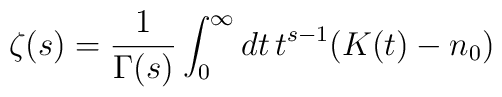
\zeta(s)={1\over \Gamma(s)}\int_0^\infty dt\, t^{s-1}(K(t)-n_0)